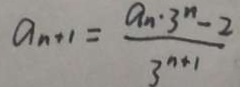
a _ { n + 1 } = \frac { a _ { n } \cdot 3 ^ { n } - 2 } { 3 ^ { n + 1 } }